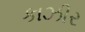
કાઝીર